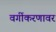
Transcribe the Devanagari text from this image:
वर्गीकरणावर